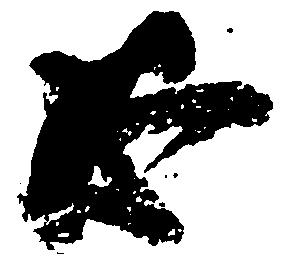
恐